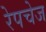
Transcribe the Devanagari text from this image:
रेपचेज